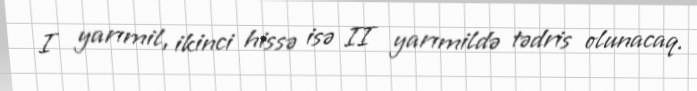
I yarımil, ikinci hissə isə II yarımildə tədris olunacaq.